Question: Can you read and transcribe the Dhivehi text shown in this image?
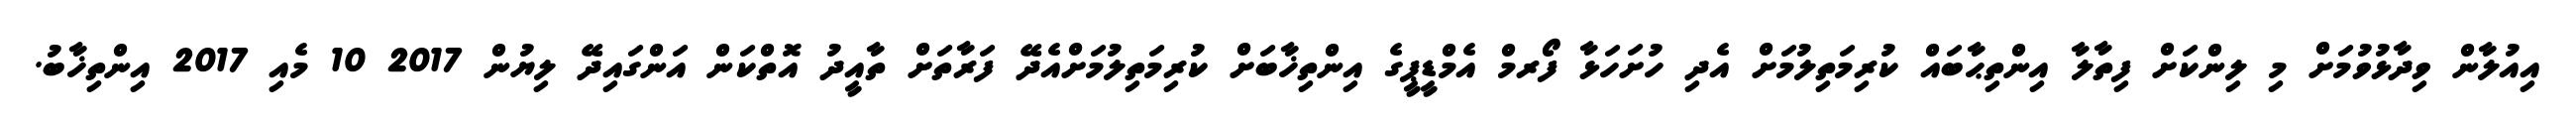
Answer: އިއުލާން ވިދާޅުވުމަށް މި ލިންކަށް ފިތާލާ އިންތިޙާބައް ކުރިމަތިލުމަށް އެދި ހުށަހަޅާ ފޯރމް އެމްޑީޕީގެ އިންތިޚާބަށް ކުރިމަތިލުމަށްއެދޭ ފަރާތަށް ތާއީދު އޮތްކަން އަންގައިދޭ ލިޔުން 2017 10 މެއި 2017 އިންތިޚާބު.